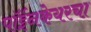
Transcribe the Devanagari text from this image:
पॉईनकेयरचा